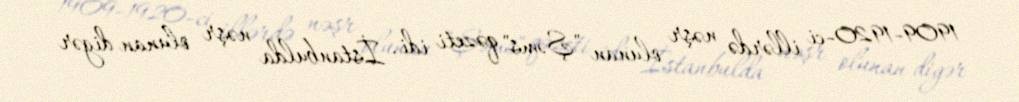
1909-1920-ci illərdə nəşr olunan "Şəms" qəzeti idi. İstanbulda nəşr olunan digər